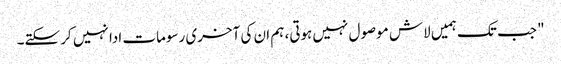
" جب تک ہمیں لاش موصول نہیں ہوتی، ہم ان کی آخری رسومات ادا نہیں کر سکتے۔